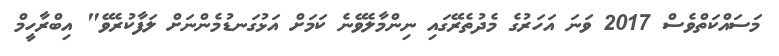
މަސައްކަތްވެސް 2017 ވަނަ އަހަރުގެ މެދުތެރޭގައި ނިންމާލެވޭނެ ކަމަށް އަޅުގަނޑުމެންނަށް ލަފާކުރެވޭ" އިބްރާހީމް